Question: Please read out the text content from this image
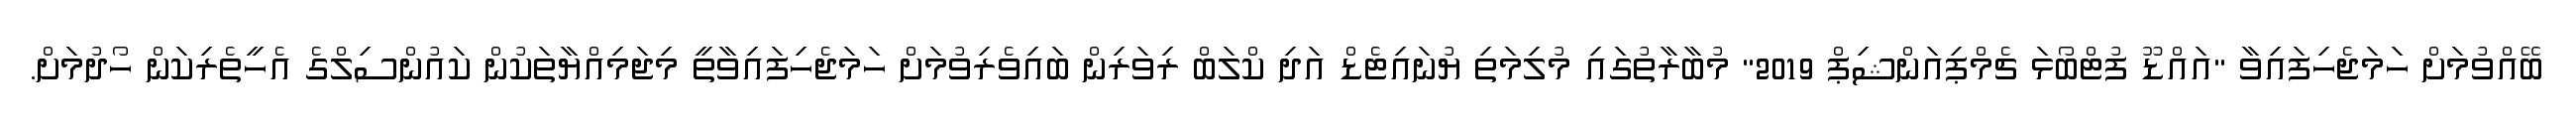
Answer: ބޭއްވުމަށް ހަމަޖެހިފައިވާ "އައްޑޫ ފުޓްބޯޅަ ޗެމްޕިއަންޝިޕް 2019" މުބާރާތުގައި މުލިމަތި ޔުނައިޓެޑް އަދި ކްލަބް ރިވަރިން ބައިވެރިވުމަށް ހަމަޖެހިފައިވާތީ މިޖަމިއްޔާތަކުން ކައުންސިލްގެ އެހީތެރިކަން ހޯދުމަށް.